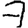
Digit: 7